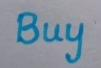
Buy